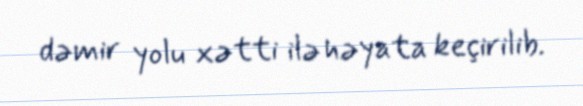
dəmir yolu xətti ilə həyata keçirilib.